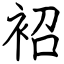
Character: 袑